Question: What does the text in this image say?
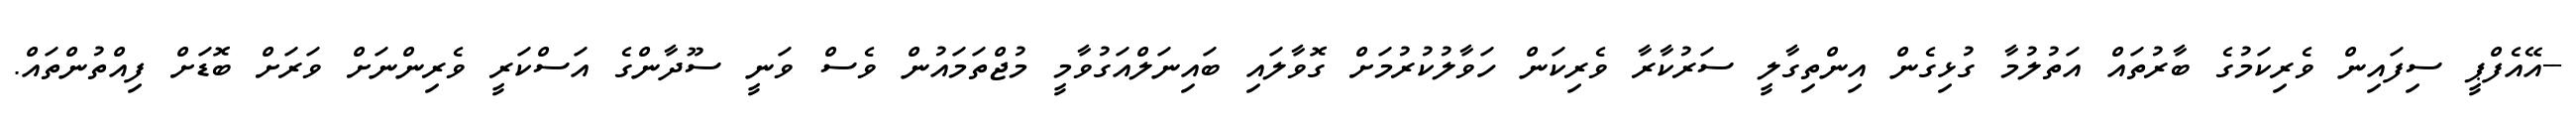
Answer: --އޭއެފްޕީ ސިފައިން ވެރިކަމުގެ ބާރުތައް އަތުލުމާ ގުޅިގެން އިންތިގާލީ ސަރުކާރާ ވެރިކަން ހަވާލުކުރުމަށް ގޮވާލައި ބައިނަލްއަގުވާމީ މުޖްތަމައުން ވެސް ވަނީ ސޫދާންގެ އަސްކަރީ ވެރިންނަށް ވަރަށް ބޮޑަށް ފިއްތުންތައް.